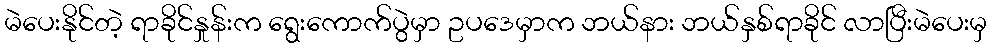
မဲပေးနိုင်တဲ့ ရာခိုင်နှုန်းက ရွေးကောက်ပွဲမှာ ဥပဒေမှာက ဘယ်နား ဘယ်နှစ်ရာခိုင် လာပြီးမဲပေးမှ